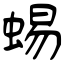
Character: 蜴